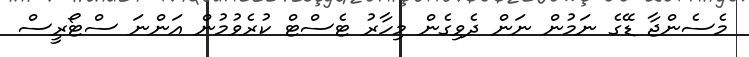
މެސެންޖާ ޑޭގެ ނަމުން ނަން ދެވިގެން މިހާރު ޓެސްޓް ކުރެވުމުން އަންނަ ސްޓޯރީސް